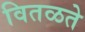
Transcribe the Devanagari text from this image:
वितळते